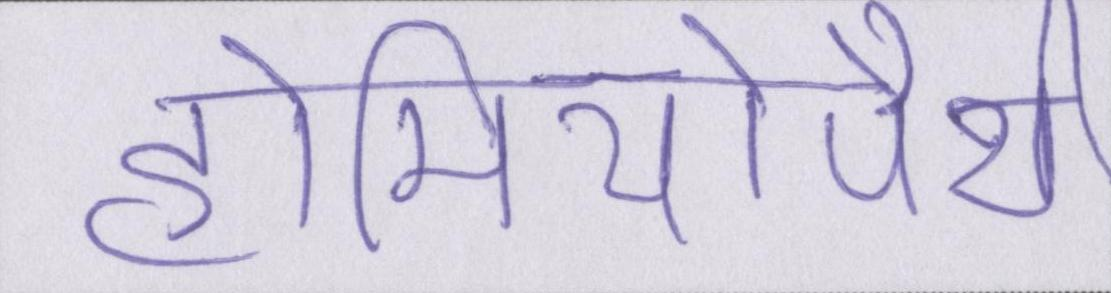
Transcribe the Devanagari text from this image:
होमियोपैथी